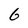
Character: 6